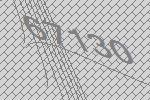
67130